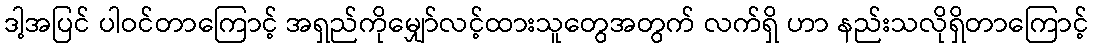
ဒါ့အပြင် ပါဝင်တာကြောင့် အရှည်ကိုမျှော်လင့်ထားသူတွေအတွက် လက်ရှိ ဟာ နည်းသလိုရှိတာကြောင့်